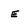
Character: E